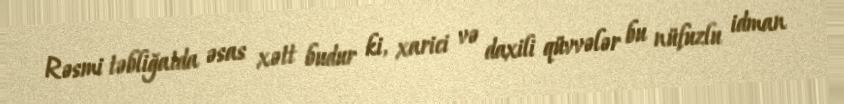
Rəsmi təbliğatda əsas xətt budur ki, xarici və daxili qüvvələr bu nüfuzlu idman